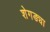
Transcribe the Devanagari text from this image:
शेगड्या